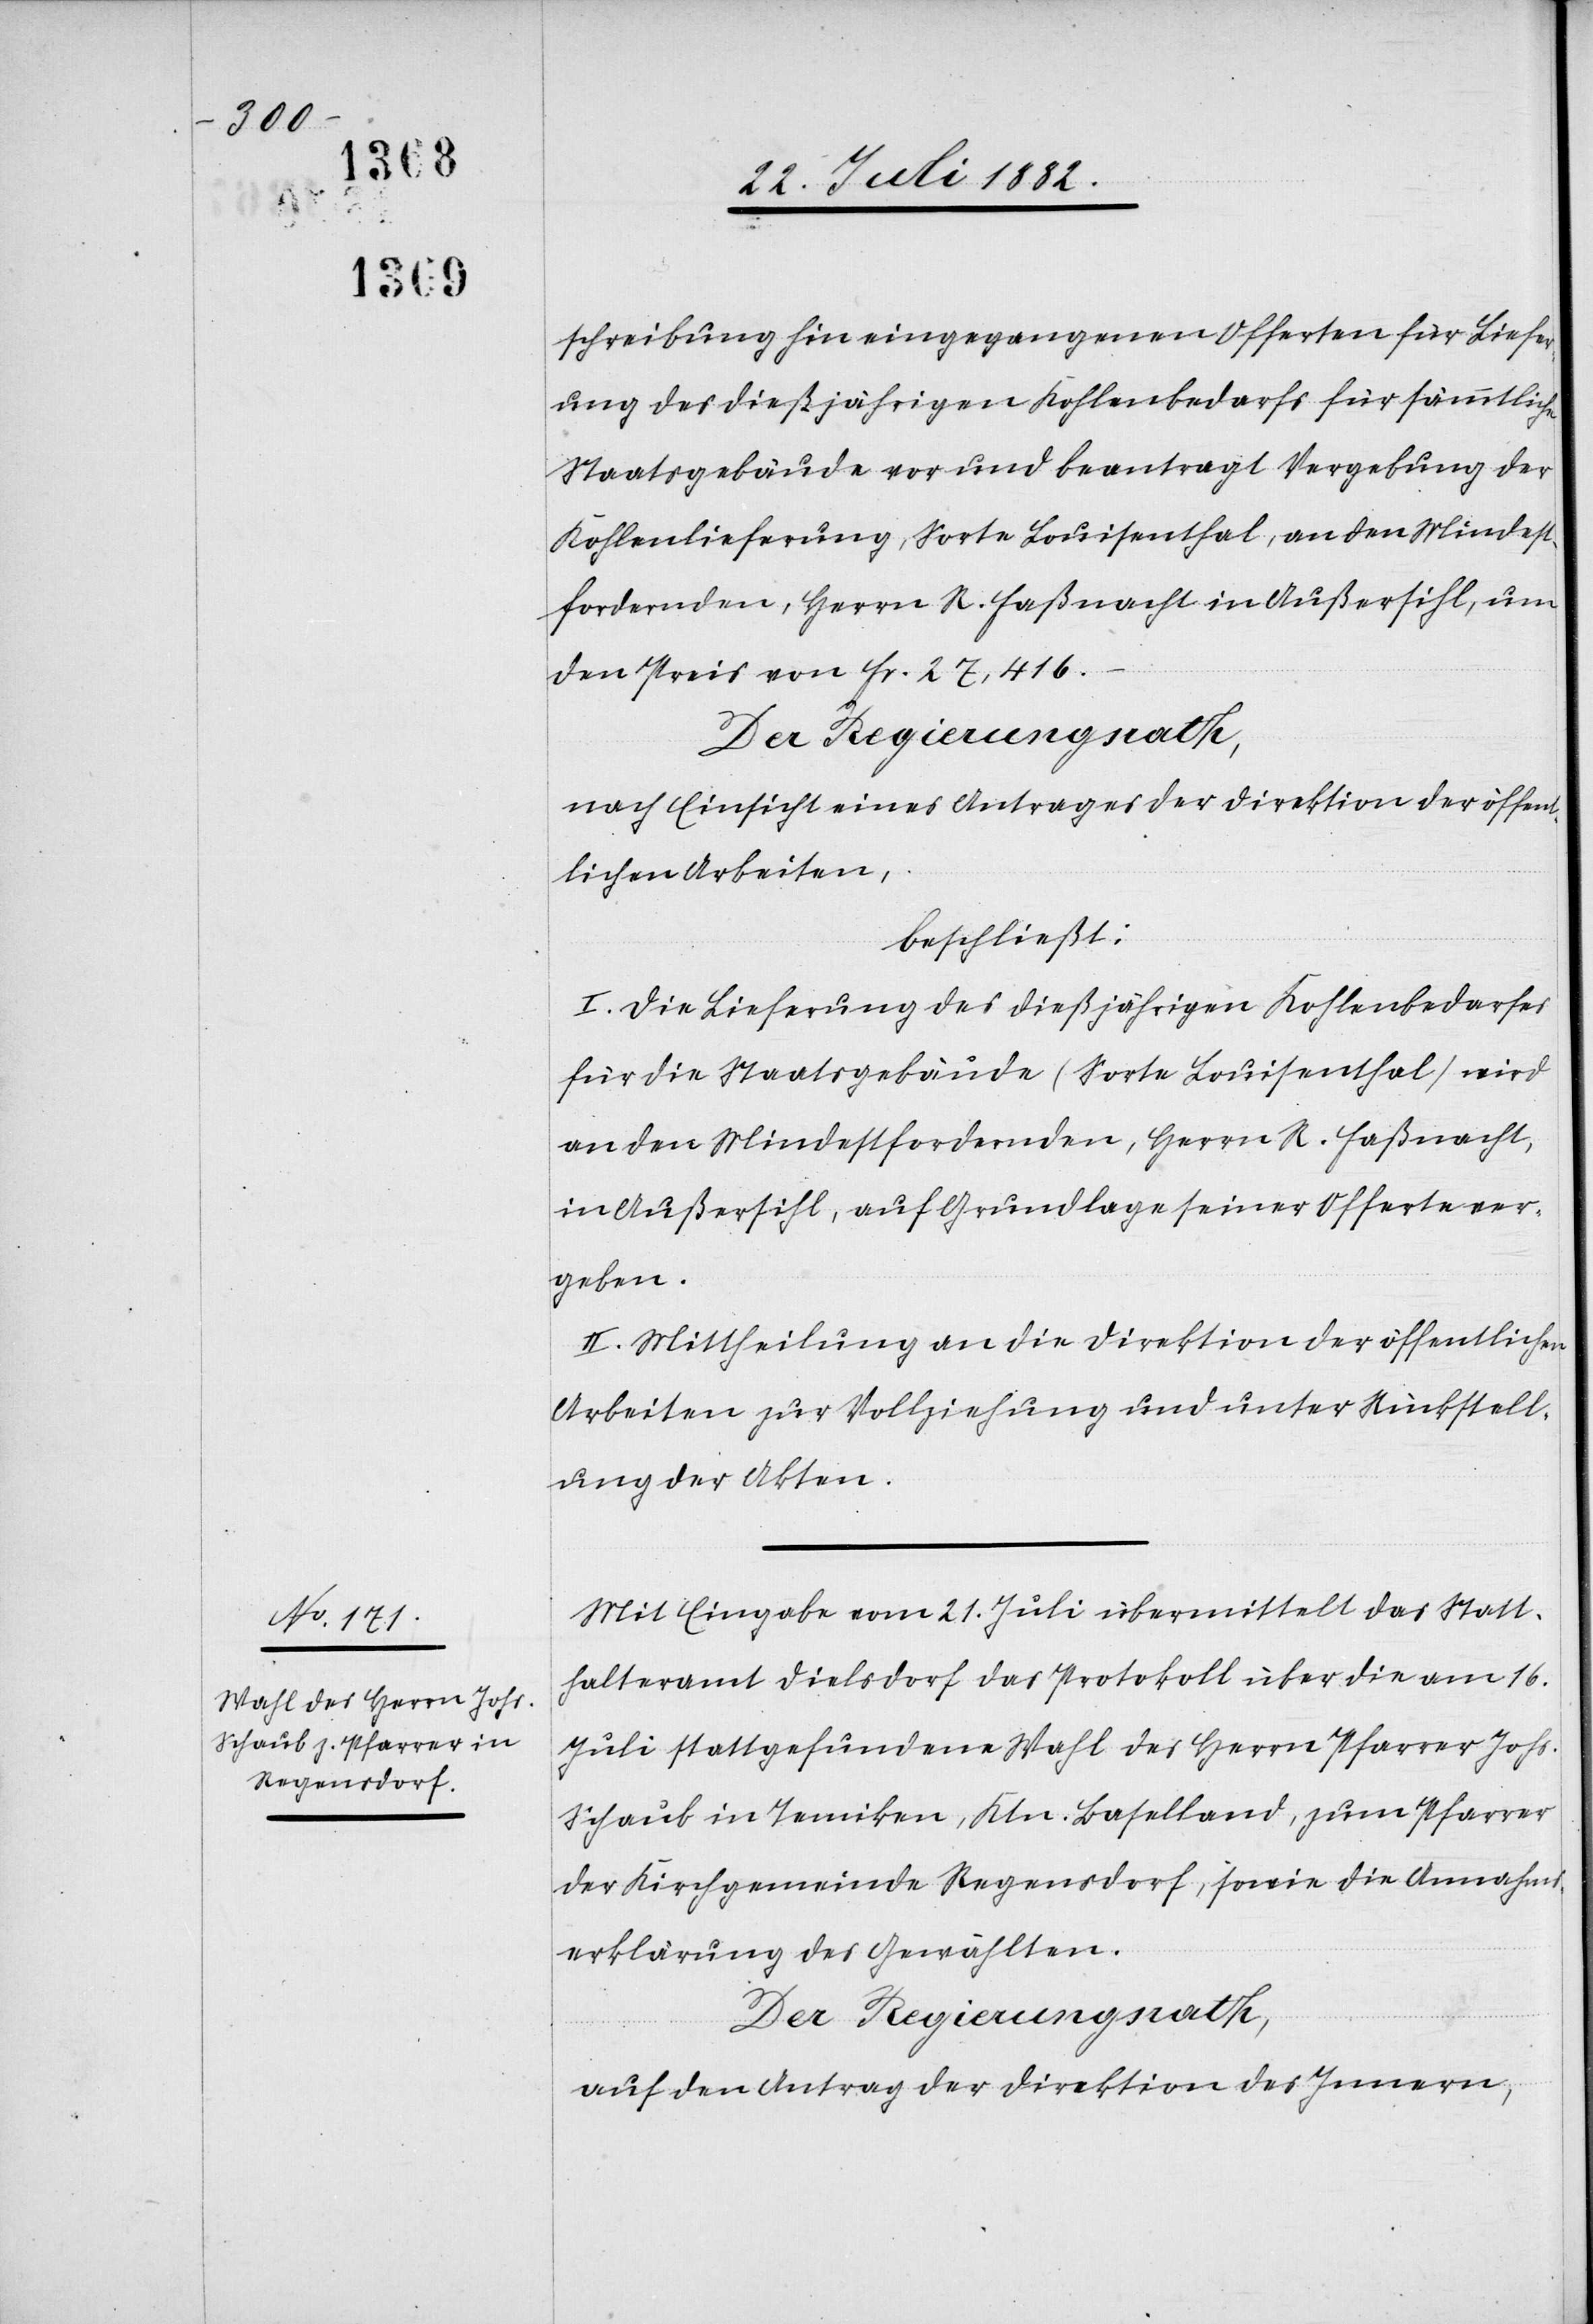
schreibung hin eingegangenen Offerten für Liefer¬
ung des dießjährigen Kohlenbedarfs für sämmtliche
Staatsgebäude vor und beantragt Vergebung der
Kohlenlieferung, Sorte Louisenthal, an den Mindest¬
fordernden, Herrn R. Faßnacht in Außersihl, um
den Preis von Fr. 27,416.–
nach Einsicht eines Antrages der Direktion der öffen¬
tlichen Arbeiten,
beschließt:
I. Die Lieferung des dießjährigen Kohlenbedarfs
für die Staatsgebäude (Sorte Louisenthal) wird
an den Mindestfordernden, Herrn R. Faßnacht,
in Außersihl, auf Grundlage seiner Offerte ver¬
geben.
II. Mittheilung an die Direktion der öffentlichen
Arbeiten zur Vollziehung und unter Rückstell¬
ung der Akten.
Mit Eingabe vom 21. Juli übermittelte das Statt¬
halteramt Dielsdorf das Protokoll über die am 16.
Juli stattgefundene Wahl des Herrn Pfarrer Johs.
Schaub in Tenniken, Ktn. Baselland, zum Pfarrer
der Kirchgemeinde Regensdorf, sowie die Annahms¬
erklärung des Gewählten.
Der Regierungsrath,
auf den Antrag der Direktion des Innern,